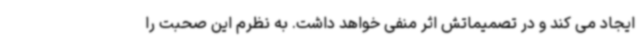
ایجاد می کند و در تصمیماتش اثر منفی خواهد داشت. به نظرم این صحبت را